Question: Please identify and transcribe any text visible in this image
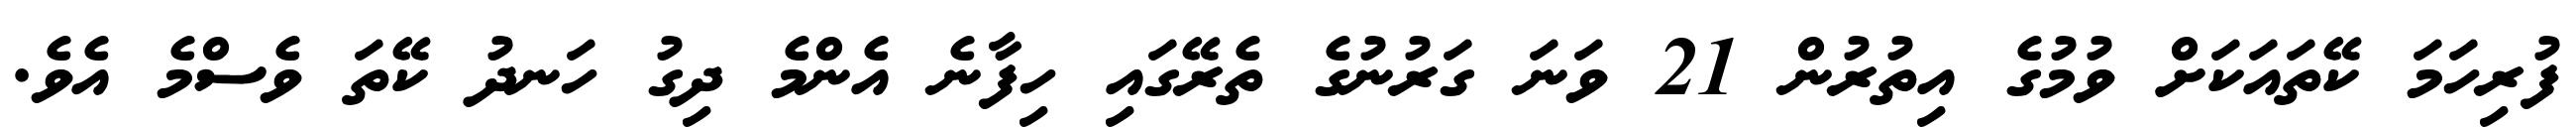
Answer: ފުރިހަމަ ކޭތައަކަށް ވުމުގެ އިތުރުން 21 ވަނަ ގަރުނުގެ ތެރޭގައި ހިފާނެ އެންމެ ދިގު ހަނދު ކޭތަ ވެސްމެ އެވެ.